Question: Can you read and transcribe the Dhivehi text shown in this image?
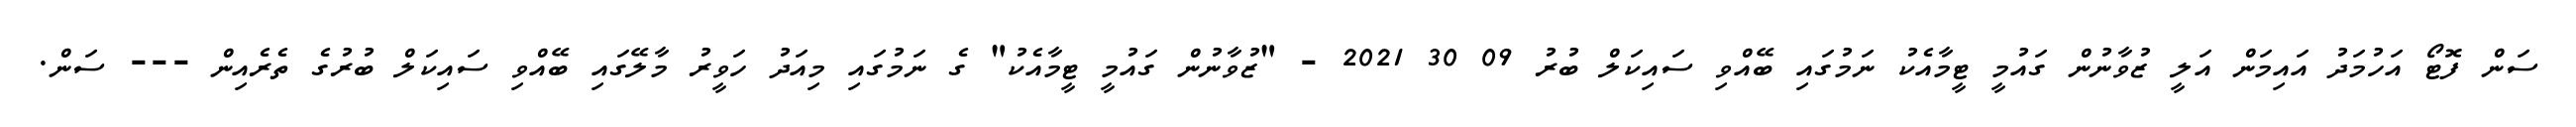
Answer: ސަން ފޮޓޯ އަހުމަދު އައިމަން އަލީ ޒުވާނުން ގައުމީ ޓީމާއެކު ނަމުގައި ބޭއްވި ސައިކަލް ބުރު 09 30 2021 - "ޒުވާނުން ގައުމީ ޓީމާއެކު" ގެ ނަމުގައި މިއަދު ހަވީރު މާލޭގައި ބޭއްވި ސައިކަލް ބުރުގެ ތެރެއިން --- ސަން.